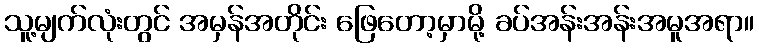
သူ့မျက်လုံးတွင် အမှန်အတိုင်း ဖြေတော့မှာမို့ ခပ်အန်းအန်းအမူအရာ။